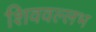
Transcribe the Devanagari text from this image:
शिववल्लभ